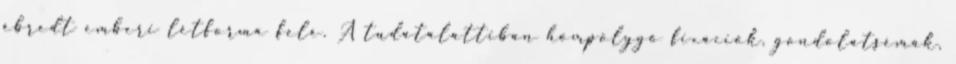
ébredt emberi létforma felé. A tudatalattiban hömpölygő fixációk, gondolatsémák,